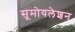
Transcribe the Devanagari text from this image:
सूमोयलेशन